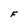
Character: F